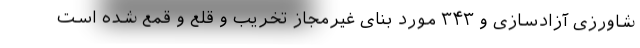
شاورزی آزادسازی و ۳۴۳ مورد بنای غیرمجاز تخریب و قلع و قمع شده است